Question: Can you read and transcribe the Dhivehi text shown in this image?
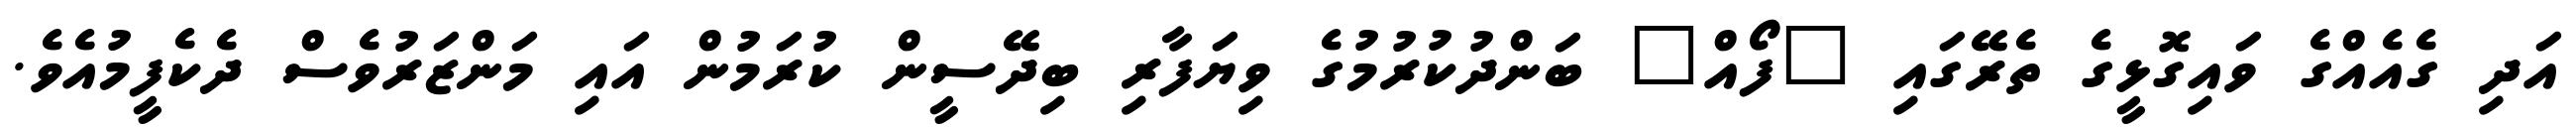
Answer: އަދި ގެއެއްގެ ވައިގޮޅީގެ ތެރޭގައި "ފޯއް" ބަންދުކުރުމުގެ ވިޔަފާރި ބިދޭސީން ކުރަމުން އައި މަންޒަރުވެސް ދެކެފީމުއެވެ.